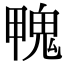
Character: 𩲣